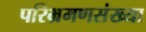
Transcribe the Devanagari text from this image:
परिभ्रमणसंख्या